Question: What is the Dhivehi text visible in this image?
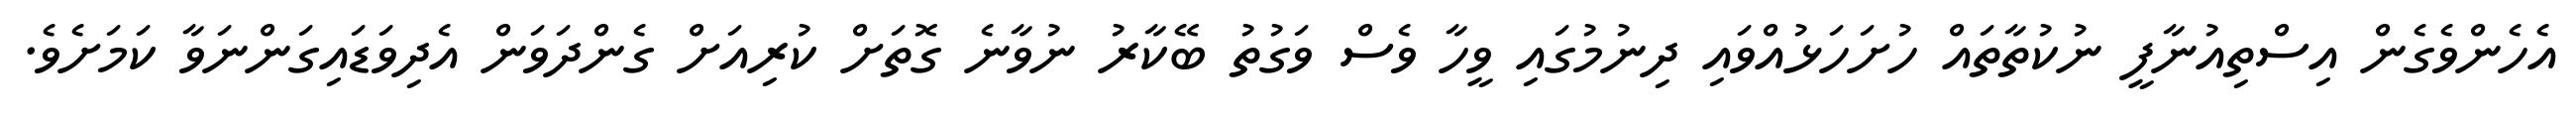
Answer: އެހެންވެގެން އިސްތިއުނާފީ ނުކުތާތައް ހުށަހަޅުއްވައި ދިނުމުގައި ވީހާ ވެސް ވަގުތު ބޭކާރު ނުވާނެ ގޮތަށް ކުރިއަށް ގެންދަވަން އެދިވަޑައިގަންނަވާ ކަމަށެވެ.